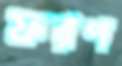
ফরণ